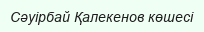
Сәуірбай Қалекенов көшесі